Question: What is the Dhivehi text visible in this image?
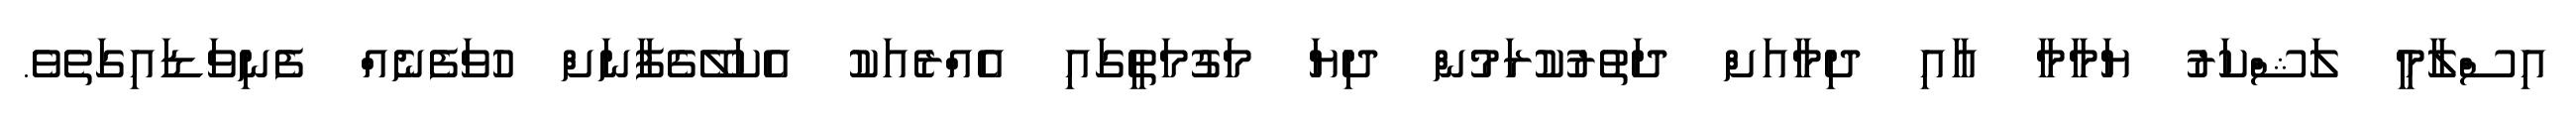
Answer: އިސްލާމީ ލަޝްކަރު ޔަމާމާ އާއި ދިމާއަށް ދަތުރުކުރަމުން ދިޔަ މަގުމަތީގައި އެއްރެއަކު އެކަލޭގެފާނަށް ހުވަފެނެއް ފެނިވަޑައިގަތެވެ.